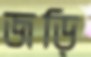
জড়ি